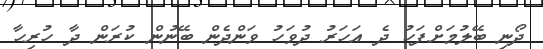
ދޯނި ބޭލުމަށްފަހު ދެ އަހަރު ދުވަހު ވަންދެން ބޭނުން ކުރަން ދާ ހުރިހާ